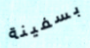
بسفينة